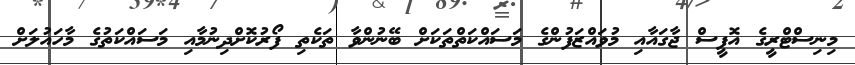
މިނިސްޓްރީގެ އޮފީސް ޖާގައާއި މުވައްޒަފުންގެ މަސައްކަތްތަކަށް ބޭނުންވާ ތަކެތި ފޯރުކޮށްދިނުމާއި މަސައްކަތުގެ މާހައުލަށް